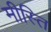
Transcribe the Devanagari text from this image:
मीस्ति